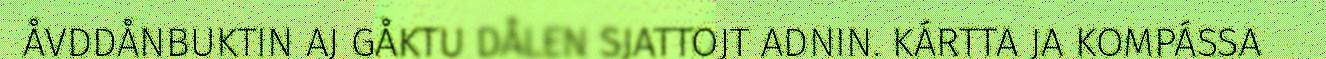
ÅVDDÅNBUKTIN AJ GÅKTU DÅLEN SJATTOJT ADNIN. KÁRTTA JA KOMPÁSSA